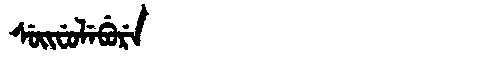
Manchu: ᠰᡠᡳᠸᡠᠯᡝᠪᡠᡵᡝ
Romanization: SUIFULEBURE